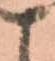
こ